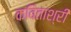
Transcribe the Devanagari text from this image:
कविताश्री